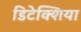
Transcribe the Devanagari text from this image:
डिटेक्शिया